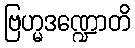
ဗြဟ္မဒဏ္ဍောတိ